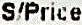
S/PRICE